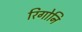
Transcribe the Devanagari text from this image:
रिगोनि